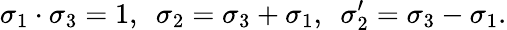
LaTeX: \sigma_{1}\cdot\sigma_{3}=1,\enspace\sigma_{2}=\sigma_{3}+\sigma_{1},\enspace\sigma_{2}^{\prime}=\sigma_{3}-\sigma_{1}.